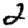
Digit: 2